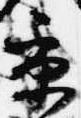
京